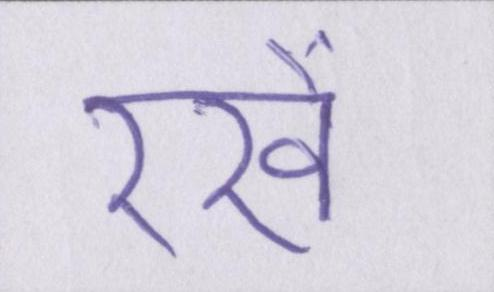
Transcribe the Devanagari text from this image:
रखें